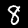
Digit: 8